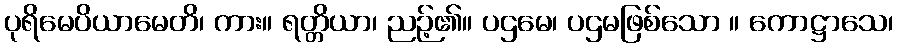
ပုရိမေပိယာမေတိ၊ ကား။ ရတ္တိယာ၊ ညဉ့်၏။ ပဌမေ၊ ပဌမဖြစ်သော ။ ကောဋ္ဌာသေ၊